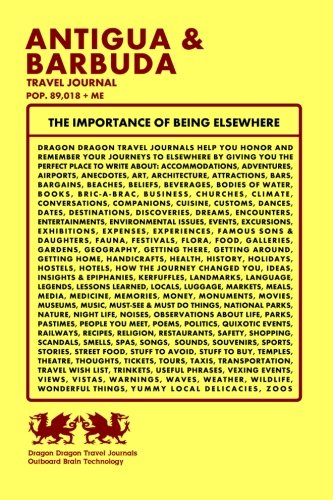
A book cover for Antigua & Barbuda Travel Journal, Pop. 89,018 + Me; Dragon Dragon Travel Journals; Travel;